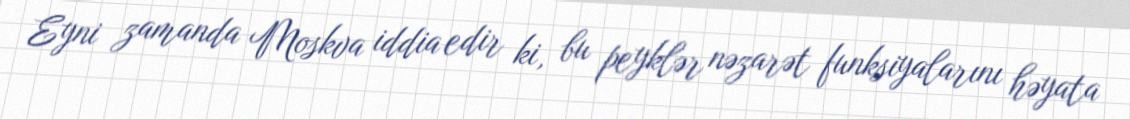
Eyni zamanda Moskva iddia edir ki, bu peyklər nəzarət funksiyalarını həyata